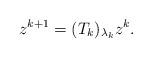
LaTeX: \begin{align*}z^{k+1} = (T_k)_{\lambda_k}z^k.\end{align*}